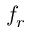
f _ { r }